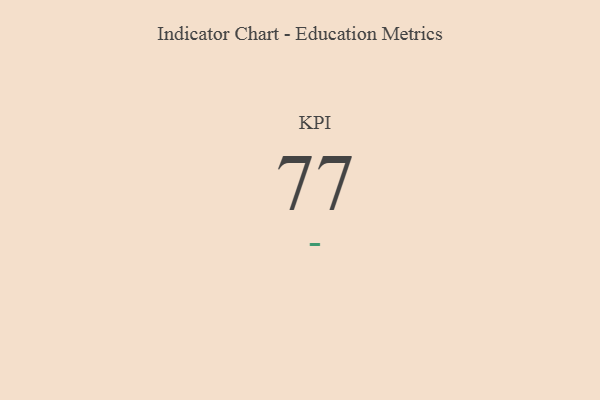
{"axis": {"x": "KPI", "y": "Value"}, "legend": [""], "data": [{"x": "KPI", "y": 77, "type": ""}]}